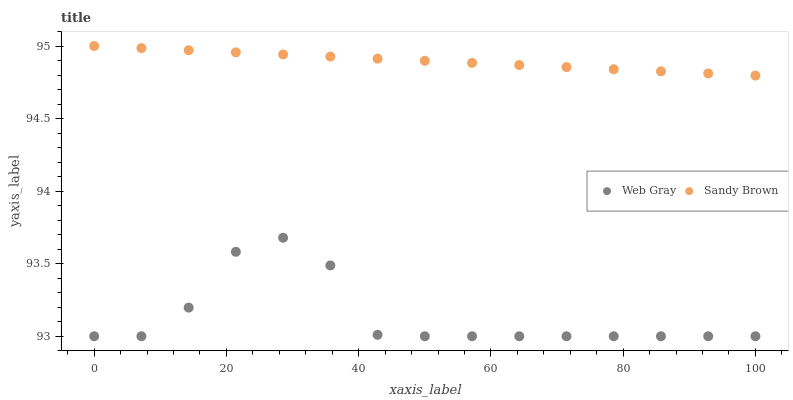
| xaxis_label | Web Gray | Sandy Brown |
 | --- | --- | --- |
 | 0 | 93 | 95 |
 | 7.14 | 93 | 95 |
 | 14.3 | 93.2 | 95 |
 | 21.4 | 93.6 | 95 |
 | 28.6 | 93.7 | 94.9 |
 | 35.7 | 93.5 | 94.9 |
 | 42.9 | 93 | 94.9 |
 | 50 | 93 | 94.9 |
 | 57.1 | 93 | 94.9 |
 | 64.3 | 93 | 94.9 |
 | 71.4 | 93 | 94.9 |
 | 78.6 | 93 | 94.8 |
 | 85.7 | 93 | 94.8 |
 | 92.9 | 93 | 94.8 |
 | 100 | 93 | 94.8 |